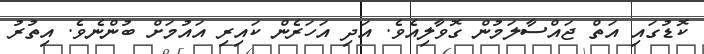
ކޮޑުގައި އަތް ޖައްސާލަމުން ގޮވާލިއެވެ. އަދި އަހަރެން ކައިރި އައުމަށް ބުންނެވެ. އިތުރު